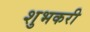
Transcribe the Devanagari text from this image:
शुभकरी